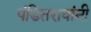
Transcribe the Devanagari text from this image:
पंडितरावांनी